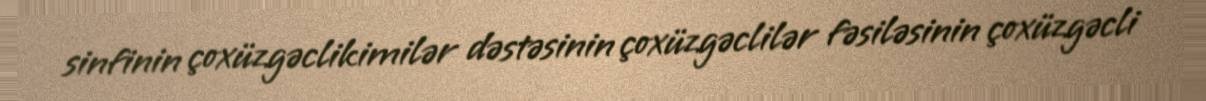
sinfinin çoxüzgəclikimilər dəstəsinin çoxüzgəclilər fəsiləsinin çoxüzgəcli